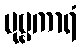
ပုဗ္ဗကာရံ